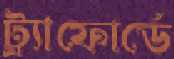
ট্র্যাফোর্ডে